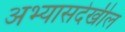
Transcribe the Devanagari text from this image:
अभ्यासदेखील